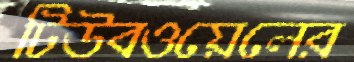
টিউবওয়েলের